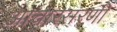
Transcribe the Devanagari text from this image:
आचारसरणी